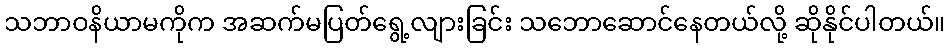
သဘာဝနိယာမကိုက အဆက်မပြတ်ရွေ့လျားခြင်း သဘောဆောင်နေတယ်လို့ ဆိုနိုင်ပါတယ်။